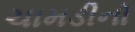
ચામડીનો